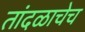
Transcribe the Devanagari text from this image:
तांदळाचेच